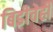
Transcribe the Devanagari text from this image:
बिडीचेही